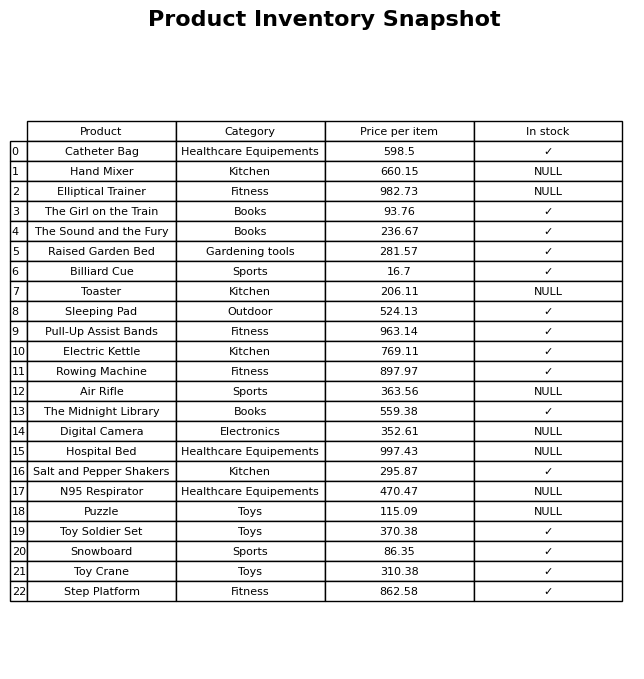
question: Which products are currently out of stock?
answer: Hand Mixer, Elliptical Trainer, Toaster, Air Rifle, Digital Camera, Hospital Bed, N95 Respirator, Puzzle